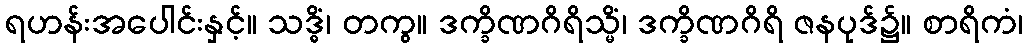
ရဟန်းအပေါင်းနှင့်။ သဒ္ဓိံ၊ တကွ။ ဒက္ခိဏဂိရိသ္မိံ၊ ဒက္ခိဏဂိရိ ဇနပုဒ်၌။ စာရိကံ၊